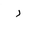
Letter: _ra